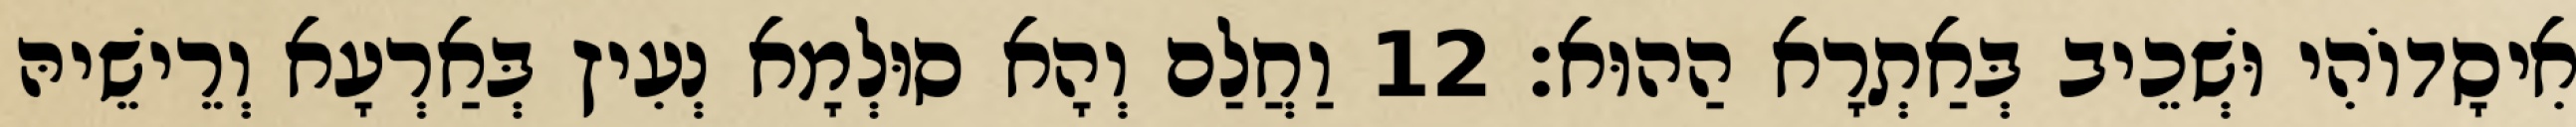
אִיסָדוֹהִי וּשְׁכֵיב בְּאַתְרָא הַהוּא׃ 12 וַחֲלַם וְהָא סוּלְמָא נְעִיץ בְּאַרְעָא וְרֵישֵׁיהּ